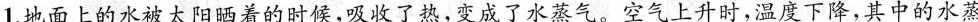
1.地面上的水被太阳晒着的时候，吸收了热，变成了水蒸气。空气上升时，温度下降，其中的水蒸